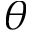
\theta